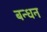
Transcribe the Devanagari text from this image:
बन्‍धन